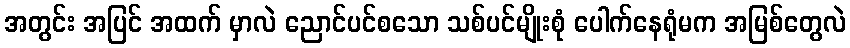
အတွင်း အပြင် အထက် မှာလဲ ညောင်ပင်စသော သစ်ပင်မျိုးစုံ ပေါက်နေရုံမက အမြစ်တွေလဲ